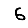
Digit: 6